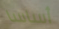
أساسا